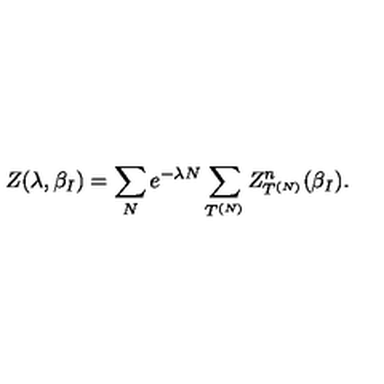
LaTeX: Z ( \lambda , \beta _ { I } ) = \sum _ { N } e ^ { - \lambda N } \sum _ { T ^ { ( N ) } } Z _ { T ^ { ( N ) } } ^ { n } ( \beta _ { I } ) .